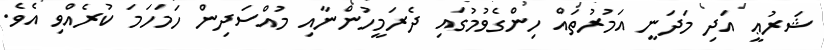
ޝަރުޢީ އަދި މަދަނީ އަމުރުތައް ހިންގެވުމުގައި ދެރަމީހުންނާއި މުއްސަދިން ހަމަހަމަ ކުރެއްވި އެވެ.